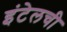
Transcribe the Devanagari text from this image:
इंटेलची